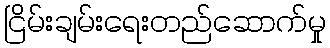
ငြိမ်းချမ်းရေးတည်ဆောက်မှု